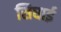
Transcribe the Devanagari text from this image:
सिघाई